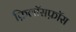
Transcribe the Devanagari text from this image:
फ़िलॉसफ़ॉस